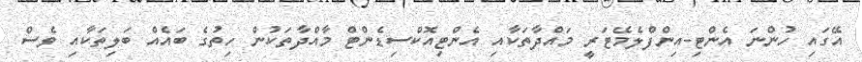
އޭގައި ހުންނަ އެންޓި-އިންފްލެމޭޓަރީ މައްދާތަކާއި އެންޓިއޮކްސިޑެންޓް މާއްދާތަކުން ހިތުގެ ބައެއް ބަލިތަކާއި ވެސް